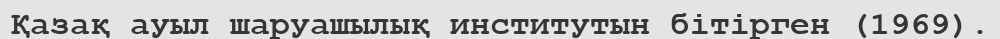
Қазақ ауыл шаруашылық институтын бітірген (1969).